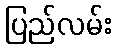
ပြည်လမ်း